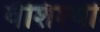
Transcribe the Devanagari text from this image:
वैशिश्थी